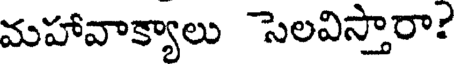
మహావాక్యాలు సెలవిస్తారా?